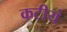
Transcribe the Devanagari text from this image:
कटीयं